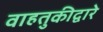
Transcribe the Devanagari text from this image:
वाहतुकीद्वारे